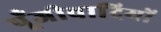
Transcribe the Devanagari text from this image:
पूँजीवादियों